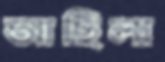
আছিলা